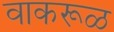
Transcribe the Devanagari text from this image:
वाकरूळ